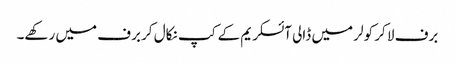
برف لا کر کولر میں ڈالی آئسکریم کے کپ نکال کر برف میں رکھے۔